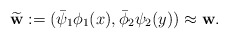
\begin{align*}\widetilde {\mathbf{w}}:=(\bar\psi_1\phi_1(x),\bar\phi_2\psi_2(y))\approx \mathbf{w}.\end{align*}